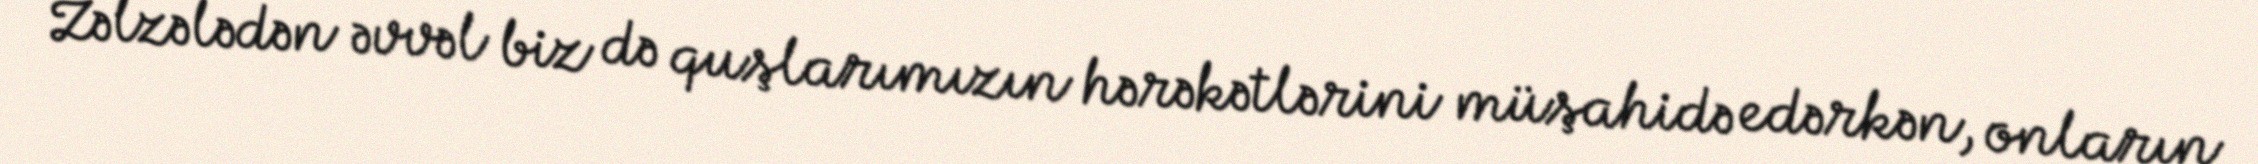
Zəlzələdən əvvəl biz də quşlarımızın hərəkətlərini müşahidə edərkən, onların